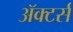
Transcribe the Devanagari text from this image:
ॲक्टर्स